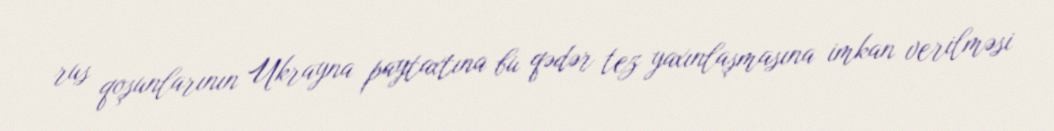
rus qoşunlarının Ukrayna paytaxtına bu qədər tez yaxınlaşmasına imkan verilməsi